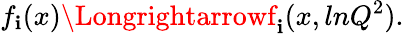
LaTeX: f_{\mathbf{i}}(x)\Longrightarrowf_{\mathbf{i}}(x,lnQ^{2}).